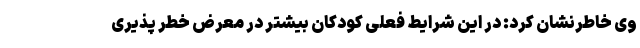
وی خاطرنشان کرد: در این شرایط فعلی کودکان بیشتر در معرض خطر پذیری